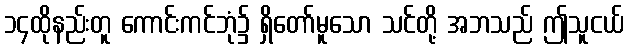
၁၄ထိုနည်းတူ ကောင်းကင်ဘုံ၌ ရှိတော်မူသော သင်တို့ အဘသည် ဤသူငယ်